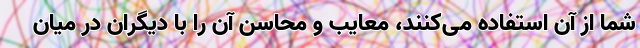
شما از آن استفاده می‌کنند، معایب و محاسن آن را با دیگران در میان